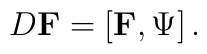
D \mbox{{\bf F}}=\left[ \mbox{{\bf F}},\Psi \right] .